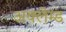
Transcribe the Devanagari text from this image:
अक्लेम्ड